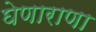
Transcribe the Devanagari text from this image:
घेणाराणा